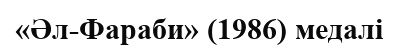
«Әл-Фараби» (1986) медалі